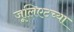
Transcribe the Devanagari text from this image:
जूलिएटच्या